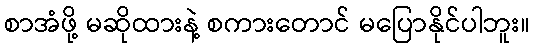
စာအံဖို့ မဆိုထားနဲ့ စကားတောင် မပြောနိုင်ပါဘူး။